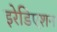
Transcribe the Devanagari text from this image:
इरेडिएशन